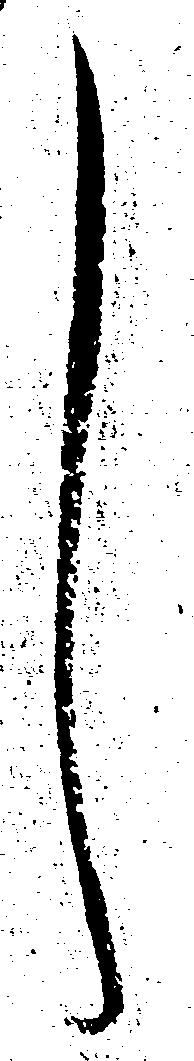
し